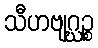
သီဟဗျဂ္ဃဉ္စ